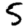
Digit: 5